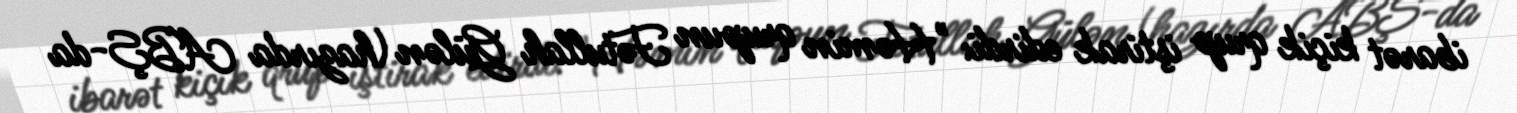
ibarət kiçik qrup iştirak edirdi: "Həmin qrupun Fətullah Gülən (hazırda ABŞ-da